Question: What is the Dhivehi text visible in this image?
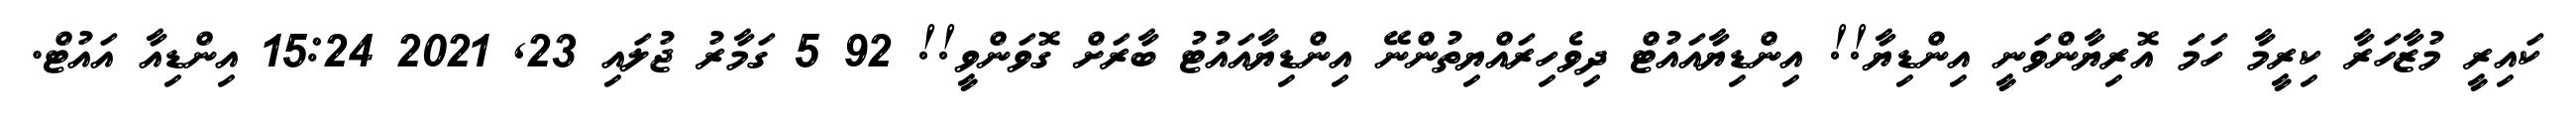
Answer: ކައިރީ މުޒާހަރާ ކިރީމާ ހަމަ އޮރިޔާންވަނީ އިންޑިޔާ!! އިންޑިޔާއައުޓް ދިވެހިރައްޔިތުންނޭ އިންޑިޔާއައުޓު ބާރަށް ގޮވަންވީ!! 92 5 ގަމާރު ޖުލައި 23, 2021 15:24 އިންޑިއާ އައުޓް.